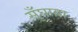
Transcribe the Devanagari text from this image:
सुँघाया